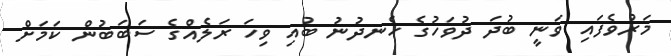
މަރުވެފައި ވަނީ ބުދަ ދުވަހުގެ ހެނދުނު ބުއި ވިހަ ރަލެއްގެ ސަބަބުން ކަމަށް